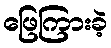
ဖြေကြားခဲ့